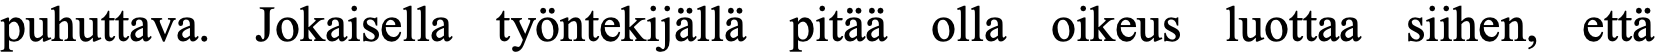
puhuttava. Jokaisella työntekijällä pitää olla oikeus luottaa siihen, että